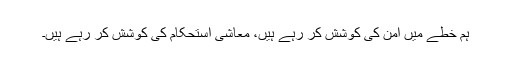
ہم خطے میں امن کی کوشش کر رہے ہیں، معاشی استحکام کی کوشش کر رہے ہیں۔